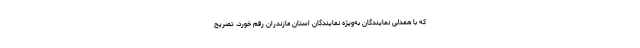
که با همدلی نمایندگان به‌ویژه نمایندگان استان مازندران رقم خورد، تصریح